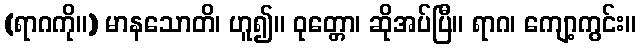
(ရာဂကို။) မာနသောတိ၊ ဟူ၍။ ဝုတ္တော၊ ဆိုအပ်ပြီ။ ရာဂ၊ ကျော့ကွင်း။